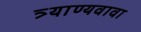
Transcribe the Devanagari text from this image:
त्र्याण्यवावा